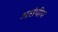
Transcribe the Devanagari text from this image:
असंचीय